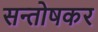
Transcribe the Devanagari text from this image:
सन्तोषकर